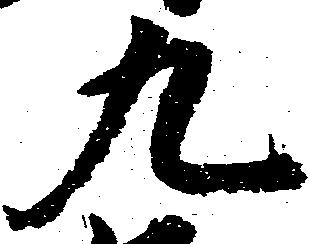
九